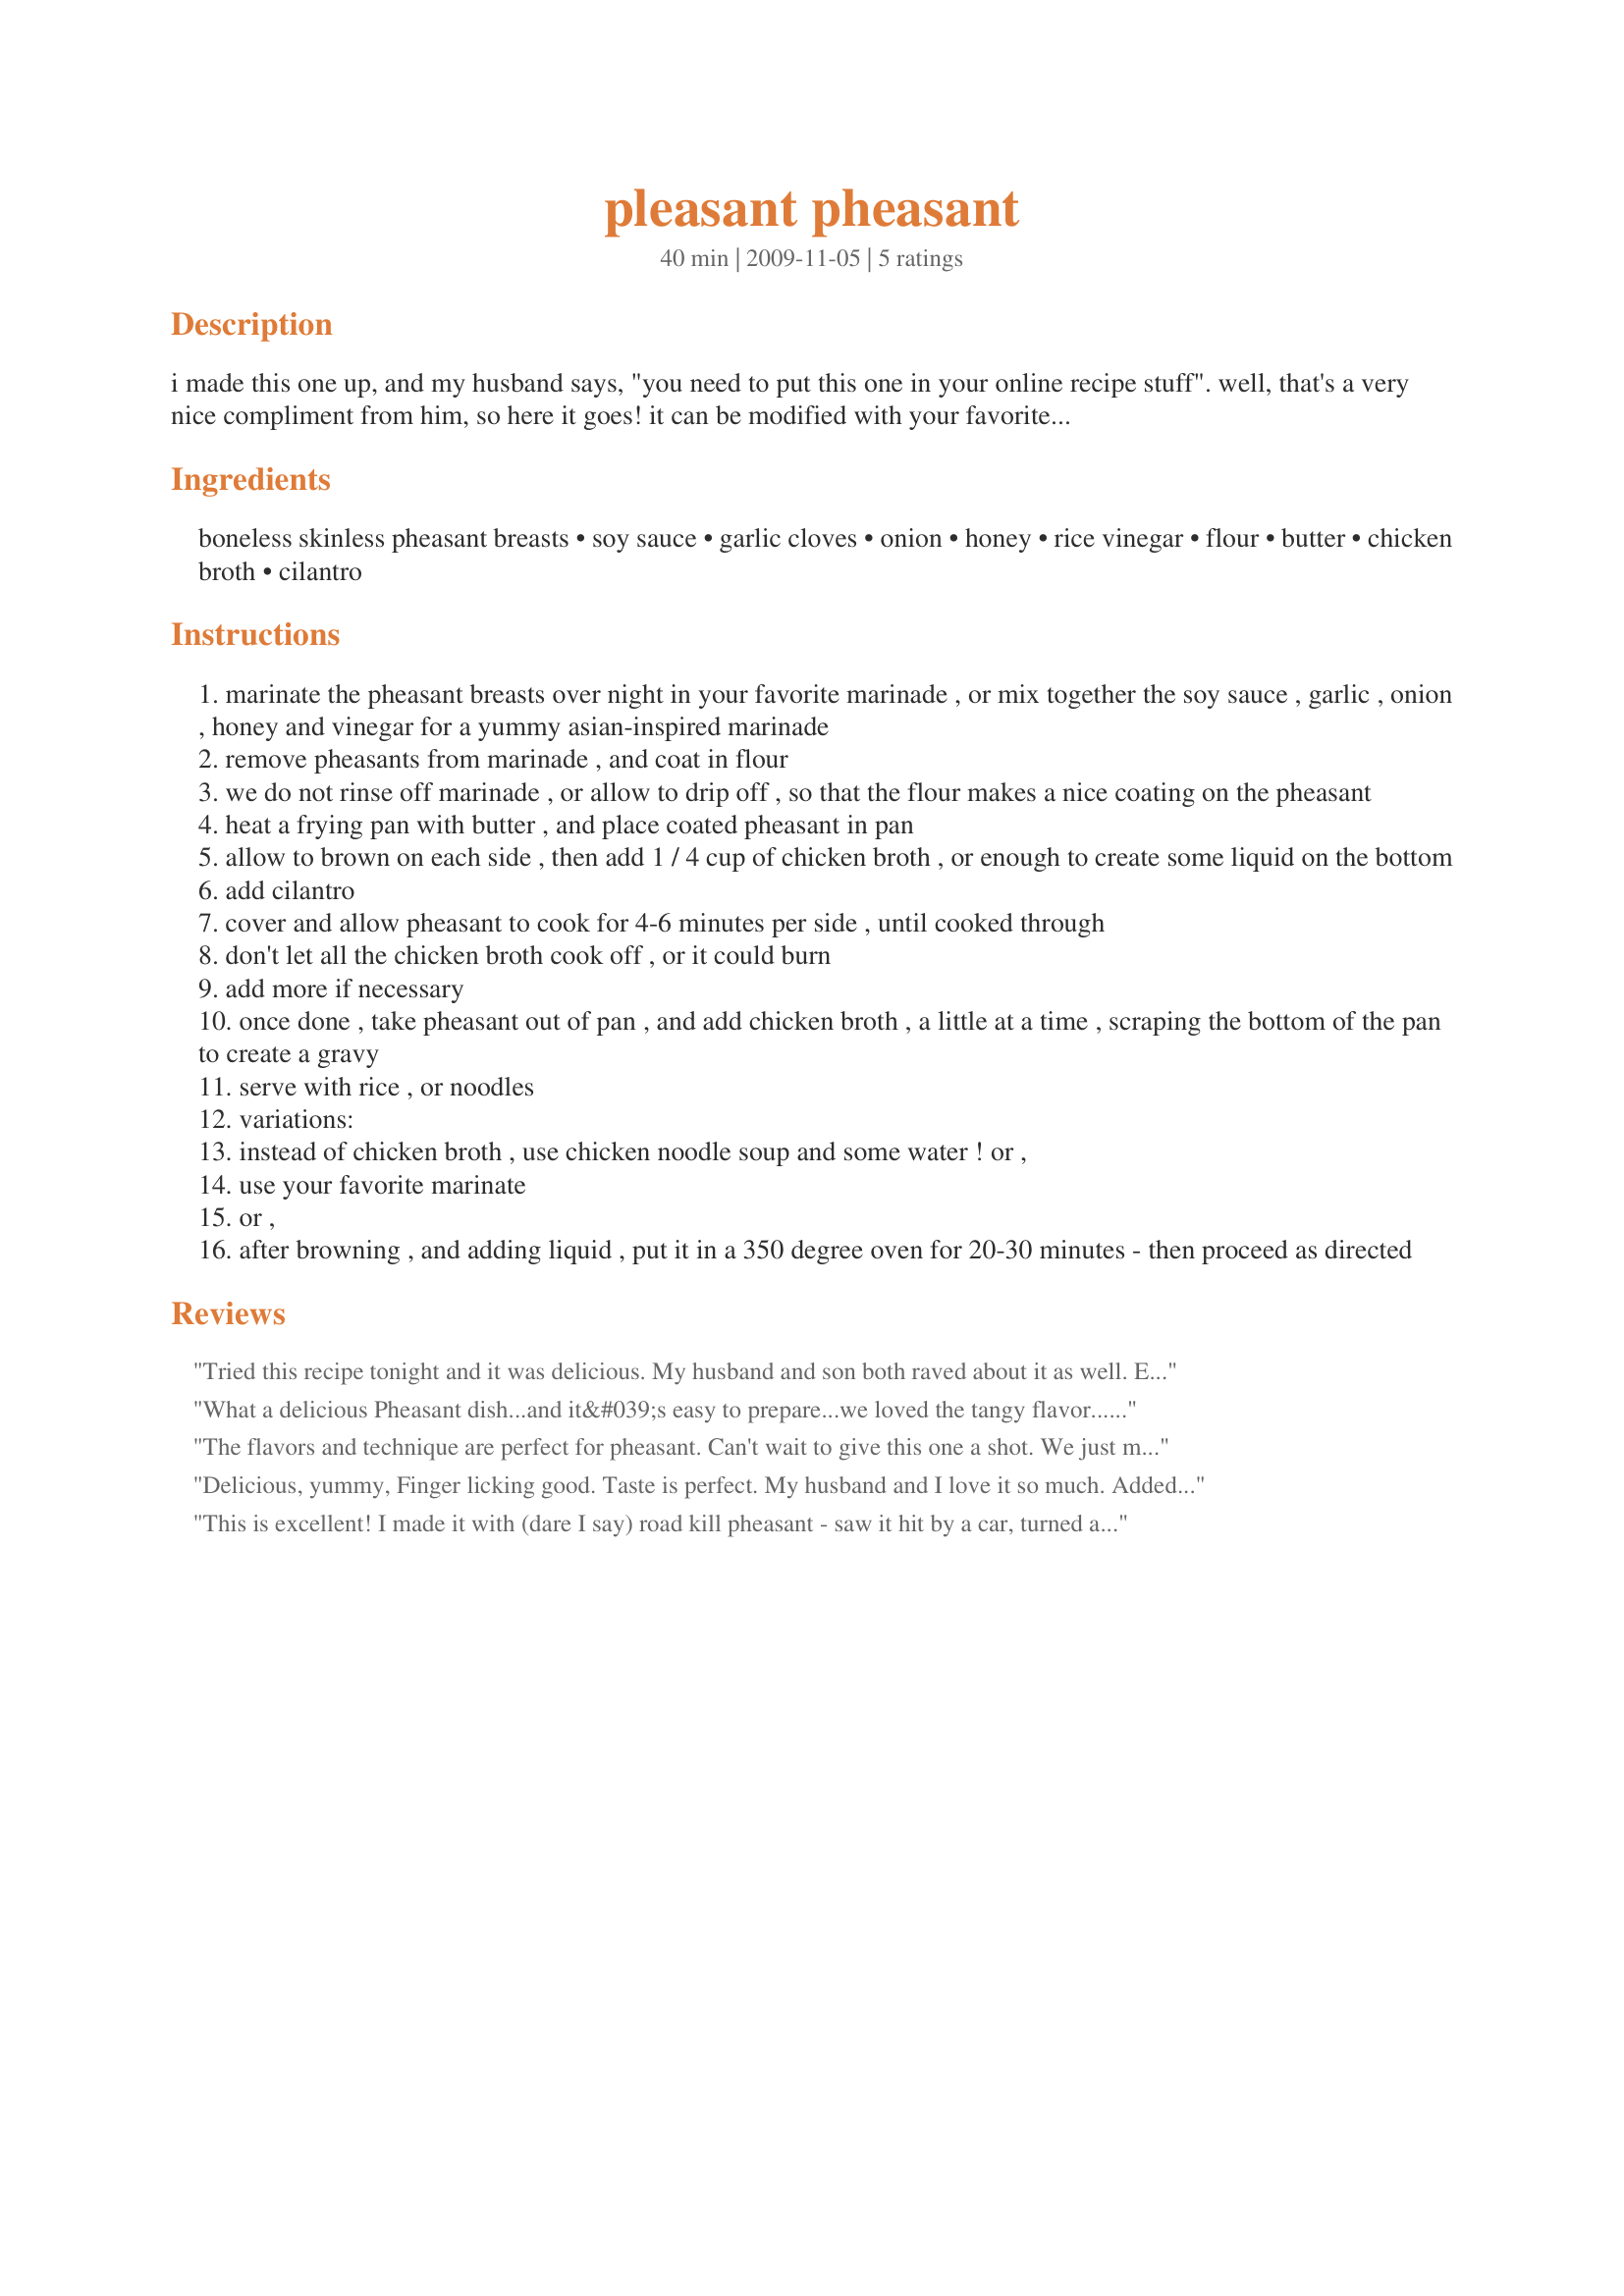
pleasant pheasant
Preparation time: 40 minutes

i made this one up, and my husband says, "you need to put this one in your online recipe stuff". well, that's a very nice compliment from him, so here it goes! it can be modified with your favorite marinade, to create a different favor to compliment any meal. we serve this over white rice. time listed does not include marinating time.

Ingredients:
boneless skinless pheasant breasts, soy sauce, garlic cloves, onion, honey, rice vinegar, flour, butter, chicken broth, cilantro

Steps:
marinate the pheasant breasts over night in your favorite marinade , or mix together the soy sauce , garlic , onion , honey and vinegar for a yummy asian-inspired marinade
remove pheasants from marinade , and coat in flour
we do not rinse off marinade , or allow to drip off , so that the flour makes a nice coating on the pheasant
heat a frying pan with butter , and place coated pheasant in pan
allow to brown on each side , then add 1 / 4 cup of chicken broth , or enough to create some liquid on the bottom
add cilantro
cover and allow pheasant to cook for 4-6 minutes per side , until cooked through
don't let all the chicken broth cook off , or it could burn
add more if necessary
once done , take pheasant out of pan , and add chicken broth , a little at a time , scraping the bottom of the pan to create a gravy
serve with rice , or noodles
variations:
instead of chicken broth , use chicken noodle soup and some water ! or ,
use your favorite marinate
or ,
after browning , and adding liquid , put it in a 350 degree oven for 20-30 minutes - then proceed as directed

Reviews:
Tried this recipe tonight and it was delicious. My husband and son both raved about it as well. Excellent flavor! I give it 5 stars!
What a delicious Pheasant dish...and it&#039;s easy to prepare...we loved the tangy flavor...the meat was nice and moist and cooked all the way through...I used the broth and made the gravy on the thick side...served this with a rice pilaf and steamed broccoli...this is a keeper...thanks for sharing your recipe...=)
The flavors and technique are perfect for pheasant. Can't wait to give this one a shot. We just made a sauce for pasta out of wild pheasant meat and it was pretty darned good.

http://yourfoodchoices.wordpress.com
Delicious, yummy, Finger licking good. Taste is perfect. My husband and I love it so much. Added the marinade, chicken powder seasoning and water simmer it in a low heat. served with yellow rice pilaf and steamed broccoli. Thank you so much to my brother in law for giving us some pheasants. This is a keeper. Nothing I can ask for. Thank you for sharing.
This is excellent! I made it with (dare I say) road kill pheasant - saw it hit by a car, turned around and picked it up and did it up in this recipe using just the breasts. My husband raved about it! I had no cilantro, so added some grated ginger and served it over rice. We licked the platter clean! Quite simple, yet beautiful in presentation and with a complexity of flavor that belies the simple preparation! My compliments to you, Haversac!
